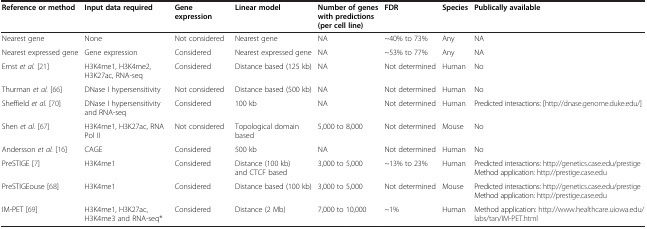
<table><thead><tr><td><b>Reference or method</b></td><td><b>Input data required</b></td><td><b>Gene expression</b></td><td><b>Linear model</b></td><td><b>Number of genes with predictions (per cell line)</b></td><td><b>FDR</b></td><td><b>Species</b></td><td><b>Publically available</b></td></tr></thead><tbody><tr><td>Nearest gene</td><td>None</td><td>Not considered</td><td>Nearest gene</td><td>NA</td><td>~40% to 73%</td><td>Any</td><td>NA</td></tr><tr><td>Nearest expressed gene</td><td>Gene expression</td><td>Considered</td><td>Nearest expressed gene</td><td>NA</td><td>~53% to 77%</td><td>Any</td><td>NA</td></tr><tr><td>Ernst <i>et al.</i> [21]</td><td>H3K4me1, H3K4me2, H3K27ac, RNA-seq</td><td>Considered</td><td>Distance based (125 kb)</td><td>NA</td><td>Not determined</td><td>Human</td><td>No</td></tr><tr><td>Thurman <i>et al.</i> [66]</td><td>DNase I hypersensitivity</td><td>Not considered</td><td>Distance based (500 kb)</td><td>NA</td><td>Not determined</td><td>Human</td><td>No</td></tr><tr><td>Sheffield <i>et al.</i> [70]</td><td>DNase I hypersensitivity and RNA-seq</td><td>Considered</td><td>100 kb</td><td>NA</td><td>Not determined</td><td>Human</td><td>Predicted interactions: [http://dnase.genome.duke.edu/]</td></tr><tr><td>Shen <i>et al.</i> [67]</td><td>H3K4me1, H3K27ac, RNA Pol II</td><td>Not considered</td><td>Topological domain based</td><td>5,000 to 8,000</td><td>Not determined</td><td>Mouse</td><td>No</td></tr><tr><td>Andersson <i>et al.</i> [16]</td><td>CAGE</td><td>Considered</td><td>500 kb</td><td>NA</td><td>Not determined</td><td>Human</td><td>No</td></tr><tr><td>PreSTIGE [7]</td><td>H3K4me1</td><td>Considered</td><td>Distance (100 kb) and CTCF based</td><td>3,000 to 5,000</td><td>~13% to 23%</td><td>Human</td><td>Predicted interactions: http://genetics.case.edu/prestige Method application: http://prestige.case.edu</td></tr><tr><td>PreSTIGEouse [68]</td><td>H3K4me1</td><td>Considered</td><td>Distance based (100 kb)</td><td>3,000 to 5,000</td><td>Not determined</td><td>Mouse</td><td>Predicted interactions: http://genetics.case.edu/prestige Method application: http://prestige.case.edu</td></tr><tr><td>IM-PET [69]</td><td>H3K4me1, H3K27ac, H3K4me3 and RNA-seq*</td><td>Considered</td><td>Distance (2 Mb)</td><td>7,000 to 10,000</td><td>~1%</td><td>Human</td><td>Method application: http://www.healthcare.uiowa.edu/labs/tan/IM-PET.html</td></tr></tbody></table>